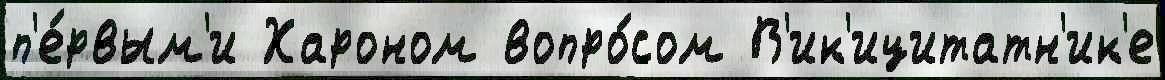
п'е́рвым'и Хароном вопро́сом В'ик'ицитатн'ик'е